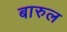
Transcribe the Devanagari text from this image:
बारुल